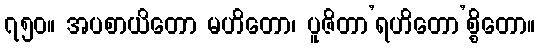
၇၅၀။ အပစာယိတော မဟိတော၊ ပူဇိတာ’ရဟိတော’စ္စိတော။